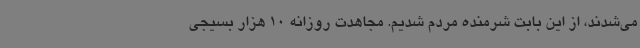
می‌شدند، از این بابت شرمنده مردم شدیم. مجاهدت روزانه 10 هزار بسیجی